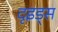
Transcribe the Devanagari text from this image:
दृइड्स